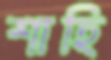
শাহি